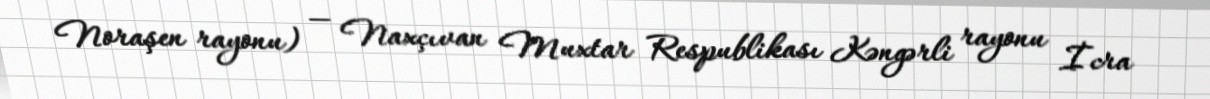
Noraşen rayonu) — Naxçıvan Muxtar Respublikası Kəngərli rayonu İcra